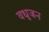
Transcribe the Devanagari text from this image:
वधूजन